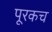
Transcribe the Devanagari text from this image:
पूरकच